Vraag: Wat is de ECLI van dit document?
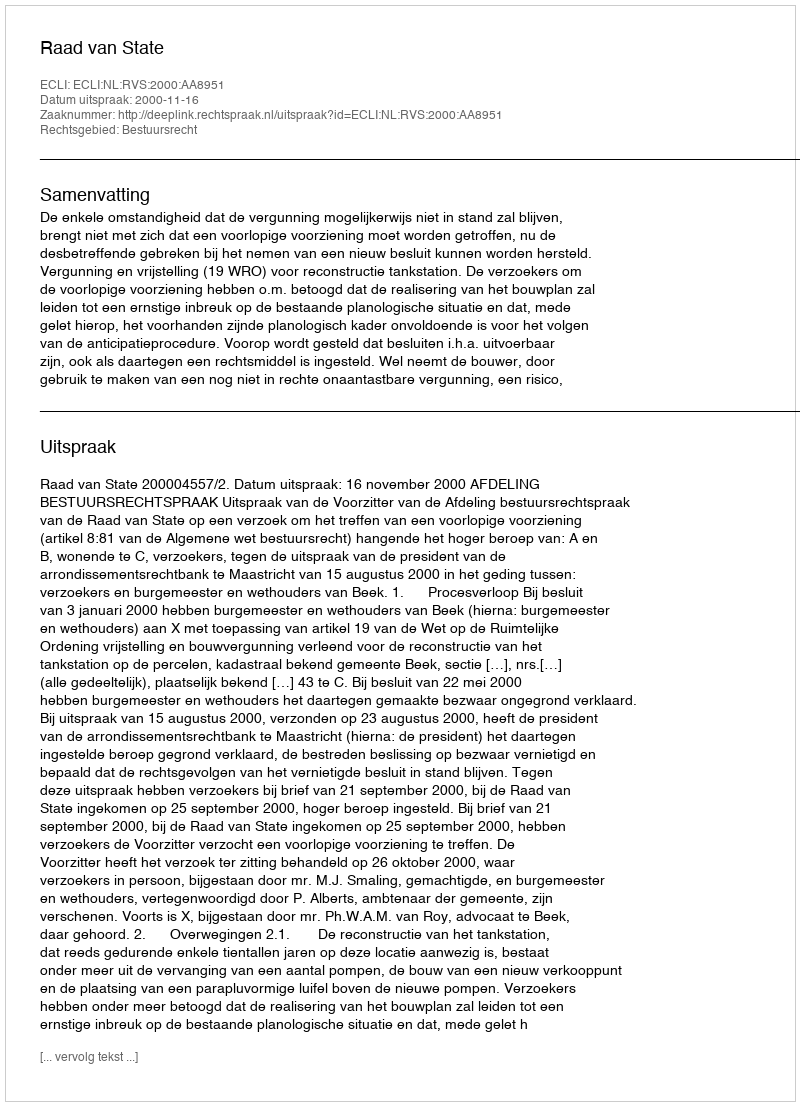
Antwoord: ECLI:NL:RVS:2000:AA8951